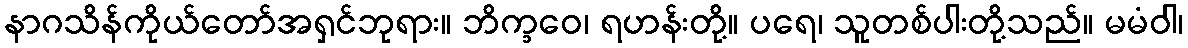
နာဂသိန်ကိုယ်တော်အရှင်ဘုရား။ ဘိက္ခဝေ၊ ရဟန်းတို့။ ပရေ၊ သူတစ်ပါးတို့သည်။ မမံဝါ၊